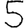
Digit: 5